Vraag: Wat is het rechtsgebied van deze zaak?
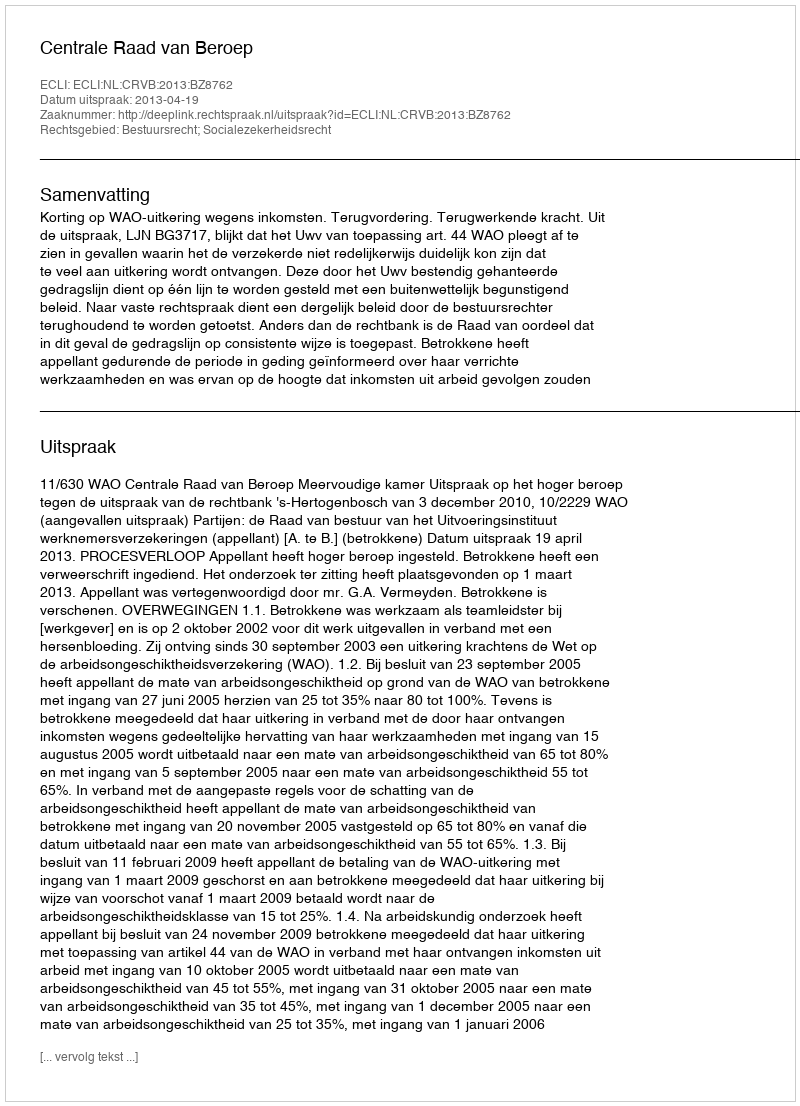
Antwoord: Bestuursrecht; Socialezekerheidsrecht